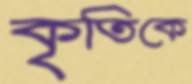
কৃতিকে